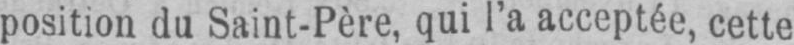
position du Saint-Père, qui l’a acceptée, cette